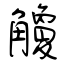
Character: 觼